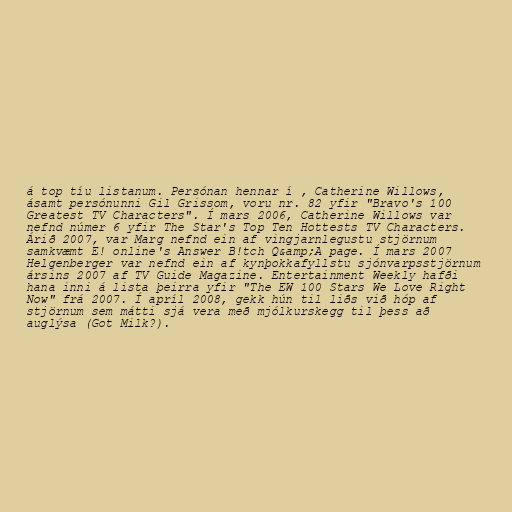
á top tíu listanum. Persónan hennar í , Catherine Willows,
ásamt persónunni Gil Grissom, voru nr. 82 yfir "Bravo's 100
Greatest TV Characters". Í mars 2006, Catherine Willows var
nefnd númer 6 yfir The Star's Top Ten Hottests TV Characters.
Árið 2007, var Marg nefnd ein af vingjarnlegustu stjörnum
samkvæmt E! online's Answer B!tch Q&amp;A page. Í mars 2007
Helgenberger var nefnd ein af kynþokkafyllstu sjónvarpsstjörnum
ársins 2007 af TV Guide Magazine. Entertainment Weekly hafði
hana inni á lista þeirra yfir "The EW 100 Stars We Love Right
Now" frá 2007. Í apríl 2008, gekk hún til liðs við hóp af
stjörnum sem mátti sjá vera með mjólkurskegg til þess að
auglýsa (Got Milk?).